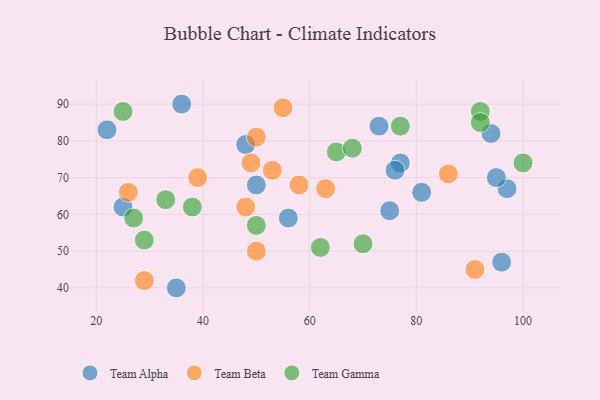
{"axis": {"x": "GDP", "y": "Life Expectancy"}, "legend": ["Team Alpha", "Team Beta", "Team Gamma"], "data": [{"x": "22", "y": 83, "type": "Team Alpha"}, {"x": "96", "y": 47, "type": "Team Alpha"}, {"x": "97", "y": 67, "type": "Team Alpha"}, {"x": "77", "y": 74, "type": "Team Alpha"}, {"x": "76", "y": 72, "type": "Team Alpha"}, {"x": "94", "y": 82, "type": "Team Alpha"}, {"x": "48", "y": 79, "type": "Team Alpha"}, {"x": "36", "y": 90, "type": "Team Alpha"}, {"x": "75", "y": 61, "type": "Team Alpha"}, {"x": "73", "y": 84, "type": "Team Alpha"}, {"x": "35", "y": 40, "type": "Team Alpha"}, {"x": "81", "y": 66, "type": "Team Alpha"}, {"x": "25", "y": 62, "type": "Team Alpha"}, {"x": "56", "y": 59, "type": "Team Alpha"}, {"x": "50", "y": 68, "type": "Team Alpha"}, {"x": "95", "y": 70, "type": "Team Alpha"}, {"x": "50", "y": 50, "type": "Team Beta"}, {"x": "91", "y": 45, "type": "Team Beta"}, {"x": "49", "y": 74, "type": "Team Beta"}, {"x": "29", "y": 42, "type": "Team Beta"}, {"x": "26", "y": 66, "type": "Team Beta"}, {"x": "48", "y": 62, "type": "Team Beta"}, {"x": "39", "y": 70, "type": "Team Beta"}, {"x": "58", "y": 68, "type": "Team Beta"}, {"x": "50", "y": 81, "type": "Team Beta"}, {"x": "53", "y": 72, "type": "Team Beta"}, {"x": "86", "y": 71, "type": "Team Beta"}, {"x": "63", "y": 67, "type": "Team Beta"}, {"x": "55", "y": 89, "type": "Team Beta"}, {"x": "100", "y": 74, "type": "Team Gamma"}, {"x": "92", "y": 88, "type": "Team Gamma"}, {"x": "25", "y": 88, "type": "Team Gamma"}, {"x": "62", "y": 51, "type": "Team Gamma"}, {"x": "65", "y": 77, "type": "Team Gamma"}, {"x": "92", "y": 85, "type": "Team Gamma"}, {"x": "68", "y": 78, "type": "Team Gamma"}, {"x": "70", "y": 52, "type": "Team Gamma"}, {"x": "50", "y": 57, "type": "Team Gamma"}, {"x": "29", "y": 53, "type": "Team Gamma"}, {"x": "33", "y": 64, "type": "Team Gamma"}, {"x": "77", "y": 84, "type": "Team Gamma"}, {"x": "38", "y": 62, "type": "Team Gamma"}, {"x": "27", "y": 59, "type": "Team Gamma"}]}